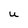
Character: U